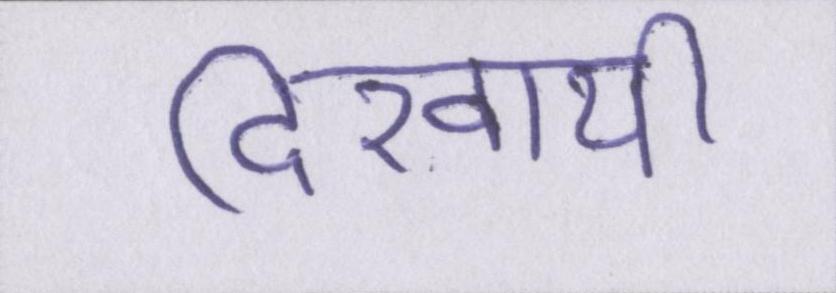
दिखायी